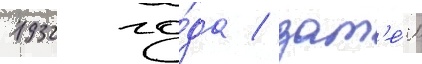
1932 го́да / зат'е́м